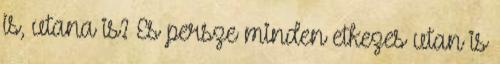
is, utana is? Es persze minden etkezes utan is